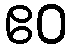
ဧဝ